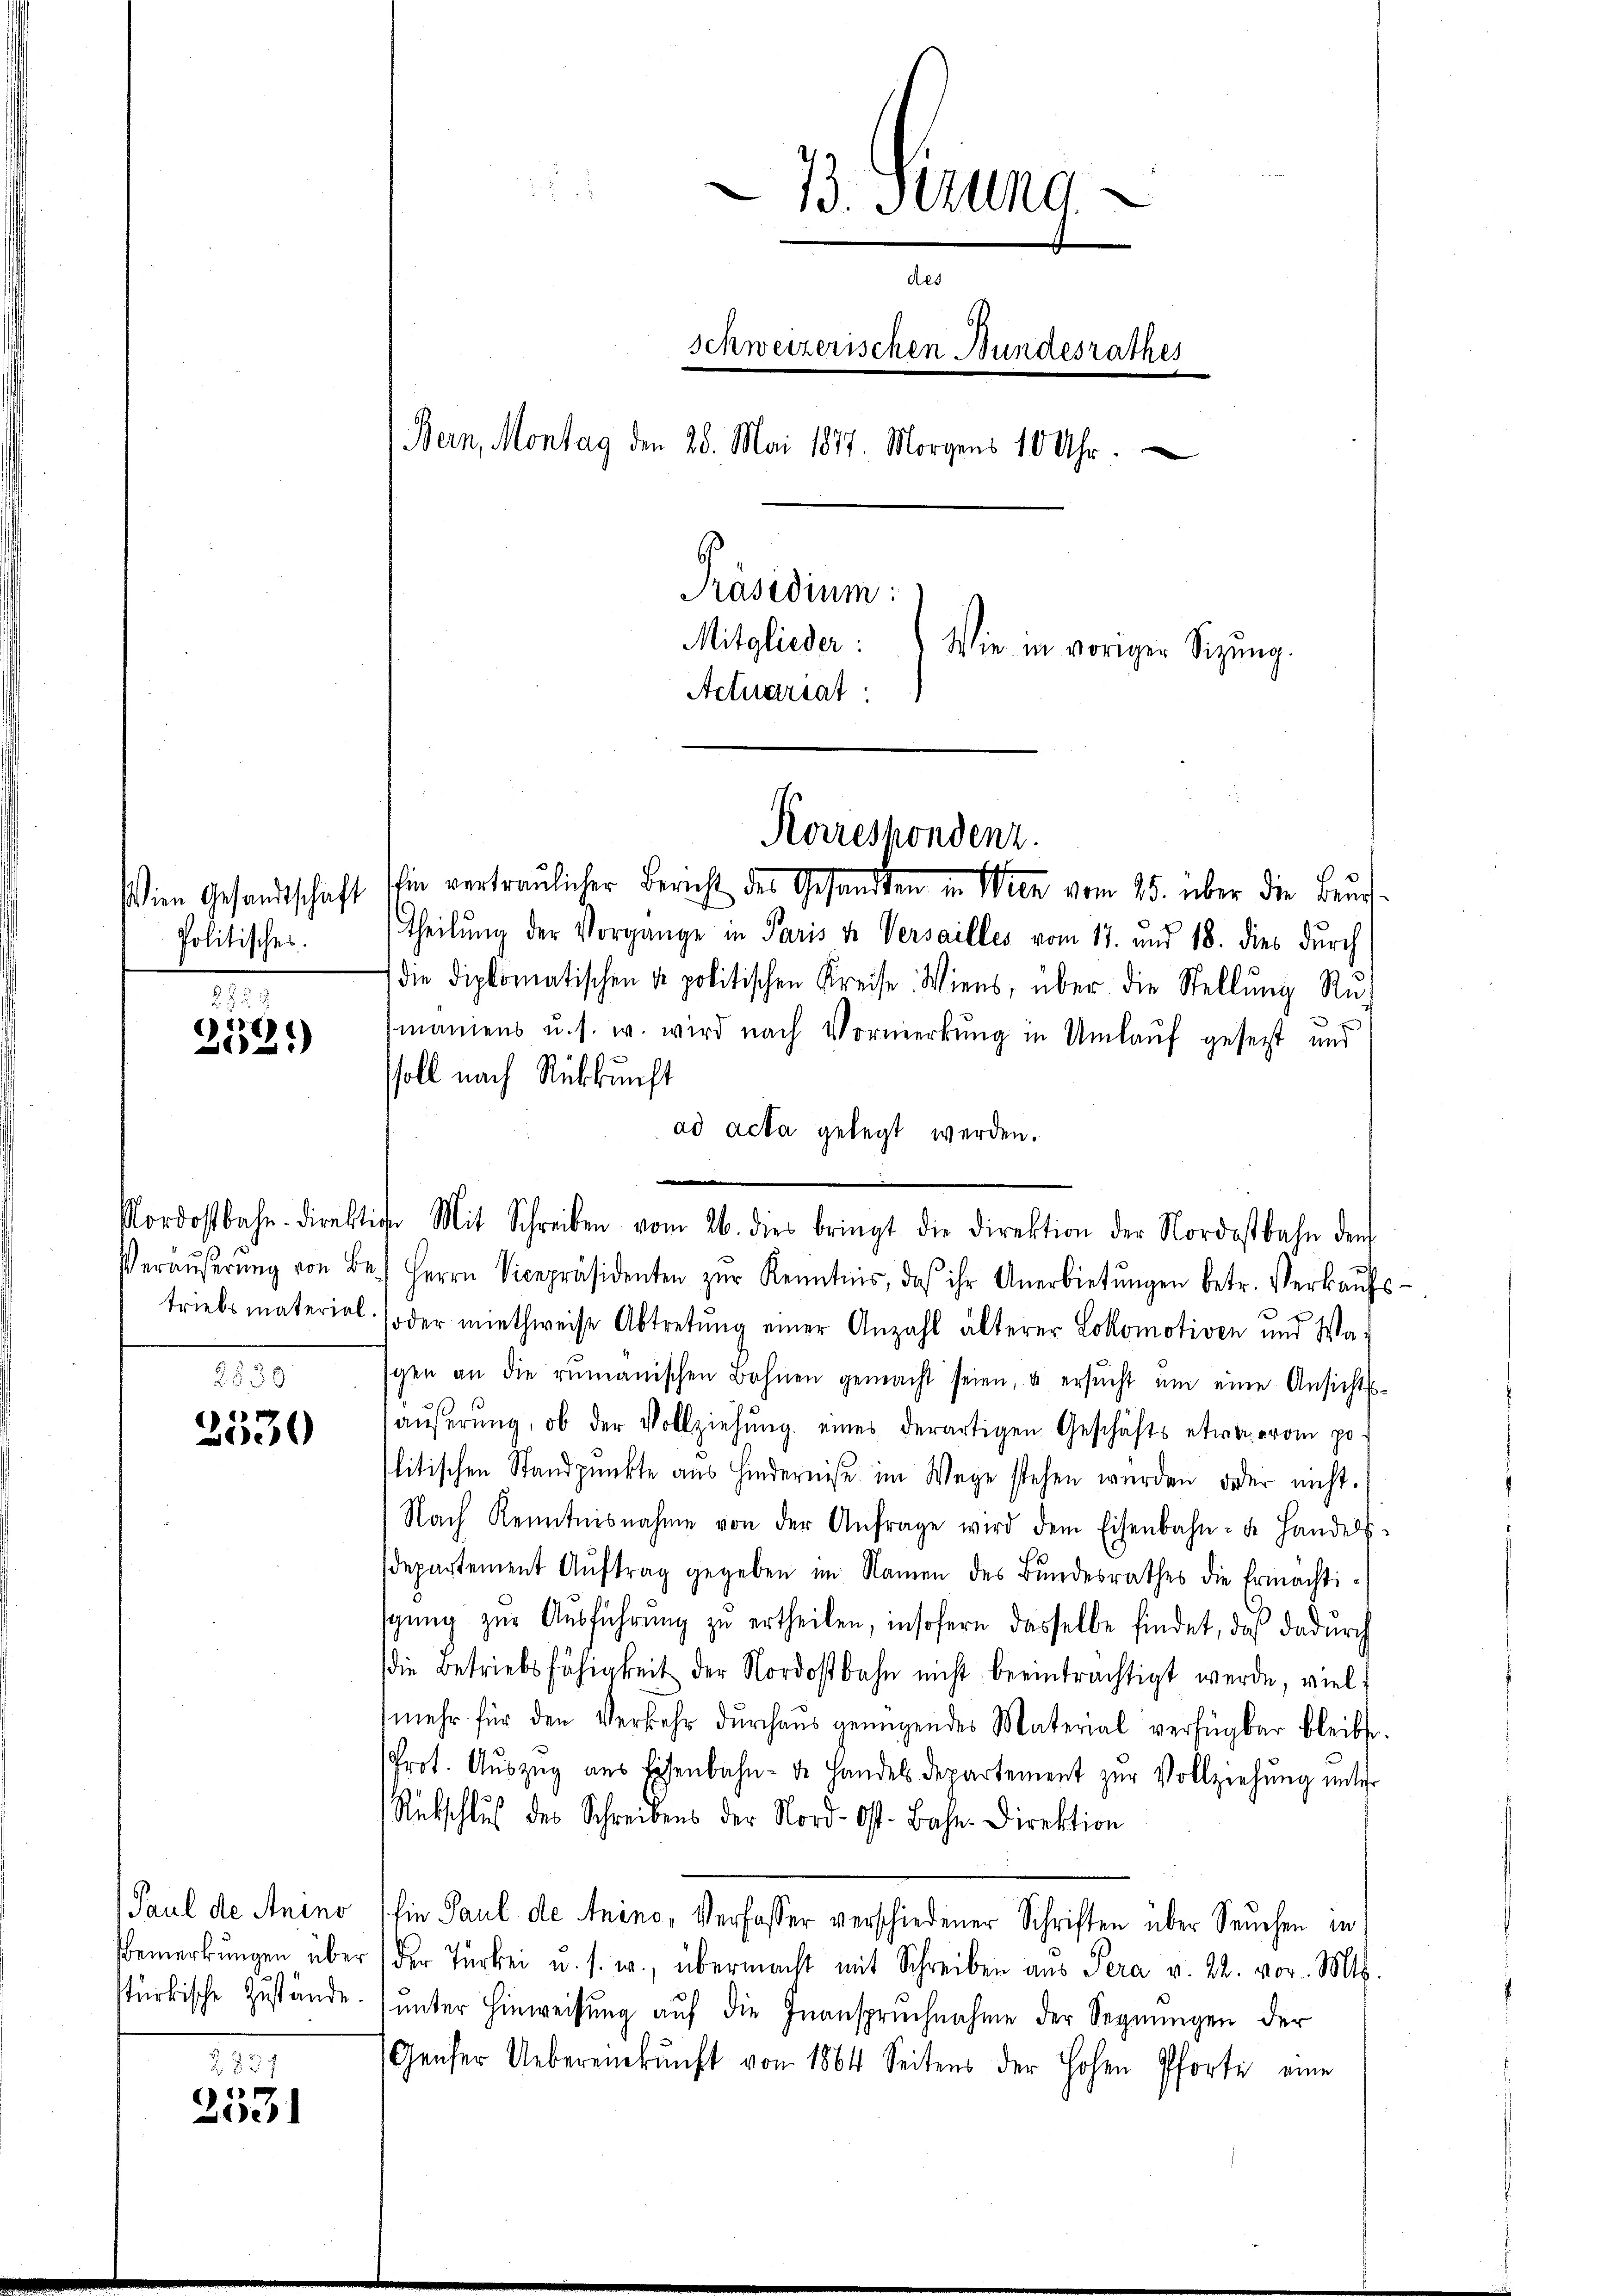
Politisches.

Zu 2
2521)

2530

e

Paul de Anino

2. 737

Bochl

2
3. Secund
des
s
schweizerischen Bundesrathes
Bern, Montag den 28. Mai 1877. Morgens 10 Uhr.
e
Präsidium:
Mitglieder:
Wie in voriger Sitzung.
Actuariat

Nordostbahndirektion Mit Schreiben vom 26. dies bringt die Direktion der Nordostbahn dem

sien Gesandtschaft schin vertraulicher Bericht des Gesandten in Wien 15. über die Buch¬
Theilung der Vorgange in Paris u. Versailles vom 17. und 18. dies durch
 die diplomatischen u. politischen Kreise. Wiens, über die Stellŭng Rŭh
¬
maniens u. s. w. wird nach Vormerkung in Umlauf gesetzt und
soll nach Rückkunft
ad acta gelegt werden.
Veräŭβerŭng von Be.) Herrn Vicepräsidenten zŭr Kenntnis, das ihr Anerbietŭngen betr. Verkaŭfs-
triebsmaterial (der miethweise Abtretŭng einer Anzahl älterer Lokomotiven und Wa-
sgen an die rŭmanischen Bahnen gemacht seien, u ersŭcht ŭm eine Ansichts-
äŭβerŭng, ob der Vollziehŭng eines derartigen Geschäfts etwa eam po
litischen Standpunkte aus Hindernisse im Wege stehen wurden oder nicht.
Nach Kenntnisnahme von der Anfrage wird dem Eisenbahn- u. Handels-
departement Aŭftrag gegeben im Namen des Bundesrathes die Ermächtigŭng zŭr Aŭsführung zu ertheilen, insofern dasselbe findet, daß dadurch
die Betriebsfähigkeit der Nordostbahn nicht beeinträchtigt werde, viel
mehr für den Verkehr dŭrchaŭs genügendes Material verfügbar bleibe.
Prot. Auszug aus Eisenbahn- de Handels Departement zur Vollziehung unter
Rückschlŭβ des Schreibens der Nord-Ost-Bahn-Direktion
Ein Paul de Anino, Verfasser verschiedener Schriften über Seuchen in
Bemerkŭngen über der Türkei u. s. w., übermacht mit Schreiben aus Sera v. 22. vor. Mts.
stürkische Zustände) unter Hinweisung auf die Inanspruchnahme der Segnungen der
Genfer Uebereinkunft von 1864 Seitens der Hohen Pforte eine

Korrespondenz.